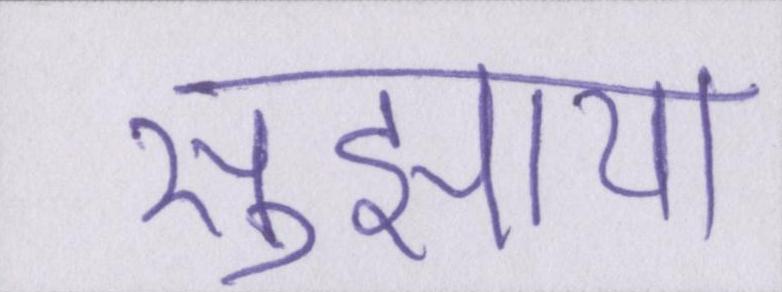
सुझाया